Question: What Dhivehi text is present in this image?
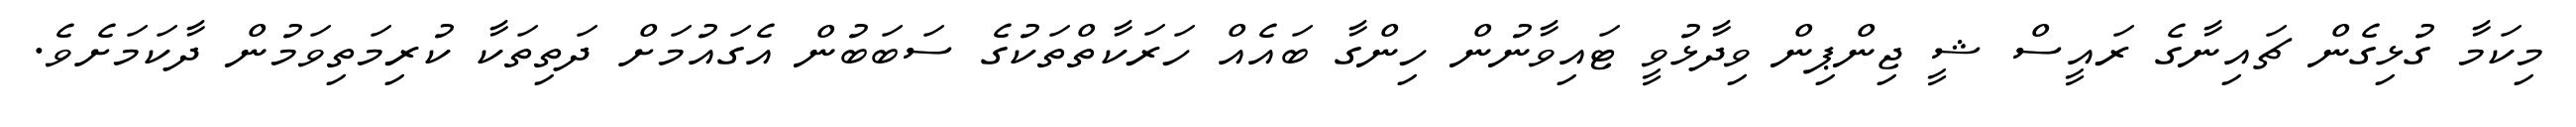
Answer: މިކަމާ ގުޅިގެން ޗައިނާގެ ރައީސް ޝީ ޖިންޕިން ވިދާޅުވީ ޓައިވާނުން ހިންގާ ބައެއް ހަރަކާތްތަކުގެ ސަބަބުން އެގައުމަށް ދަތިތަކާ ކުރިމަތިވަމުން ދާކަމަށެވެ.